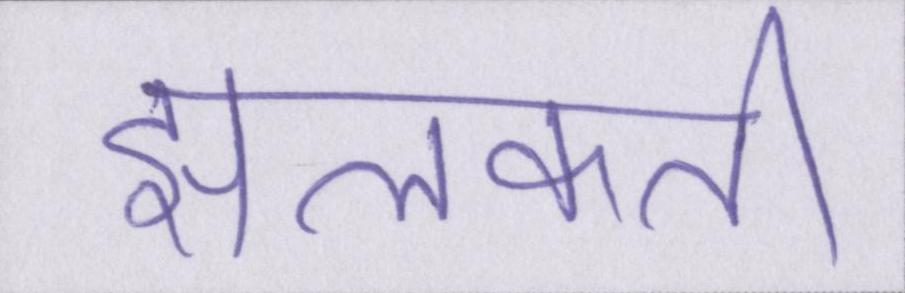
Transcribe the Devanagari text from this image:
झलकती